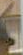
.